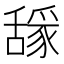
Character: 𰰈